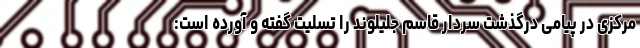
مرکزی در پیامی درگذشت سردار قاسم جلیلوند را تسلیت گفته و آورده است: